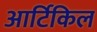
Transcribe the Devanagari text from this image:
आर्टिकिल